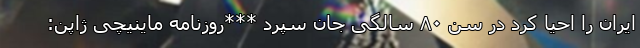
ایران را احیا کرد در سن ۸۰ سالگی جان سپرد ***روزنامه ماینیچی ژاپن: